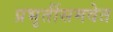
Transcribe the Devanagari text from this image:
प्रभृतींसमवेत